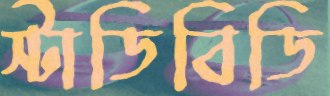
স্টাডিবিডি